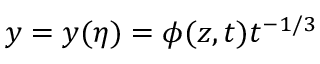
y = y ( \eta ) = \phi ( z , t ) t ^ { - 1 / 3 }